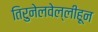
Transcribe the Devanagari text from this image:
तिरुनेलवेल्लीहून